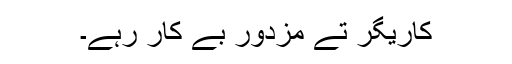
کاریگر تے مزدور بے کار رہے۔